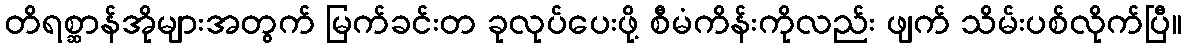
တိရစ္ဆာန်အိုများအတွက် မြက်ခင်းတ ခုလုပ်ပေးဖို့ စီမံကိန်းကိုလည်း ဖျက် သိမ်းပစ်လိုက်ပြီ။